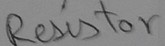
Text: Resistor